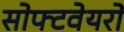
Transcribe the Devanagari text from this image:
सोफ्टवेयरों